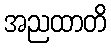
အညထာတိ